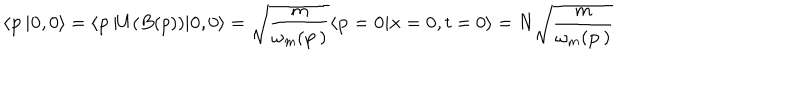
LaTeX: \langle { \bf p } \, \vert { \bf 0 } , 0 \rangle = \langle { \bf p } \, \vert U ( B ( p ) ) \vert { \bf 0 } , 0 \rangle = \sqrt { { \frac { m } { \omega _ { m } ( { \bf p } \, ) } } } \langle { \bf p } = { \bf 0 } \vert { \bf x } = { \bf 0 } , t = 0 \rangle = N \sqrt { { \frac { m } { \omega _ { m } ( { \bf p } \, ) } } }